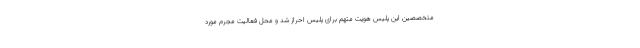
متخصصین این پلیس هویت متهم برای پلیس احراز شد و محل فعالیت مجرم مورد